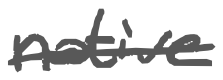
Text: native
Cross-out: single-line
Writing tool: digital_gray